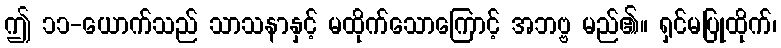
ဤ ၁၁-ယောက်သည် သာသနာနှင့် မထိုက်သောကြောင့် အဘဗ္ဗ မည်၏။ ရှင်မပြုထိုက်၊